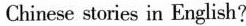
Chinese stories in English?